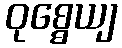
ဝုစ္စေယျ